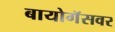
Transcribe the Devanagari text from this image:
बायोगॅसवर